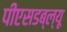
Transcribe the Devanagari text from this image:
पीएसडब्ल्यू